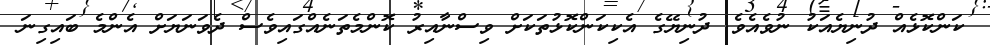
ކަންކޮޅެއް ދުނިޔެއަކު ނުވެއެވެ. ދުނިޔޭގެ އެކިކަންކޮޅުތަކަށް ވިސްނާއިރު ކޮންމެތަނެއްގައިވެސް ދެވަނަޔަށް އެންމެ ބައިގިނަ